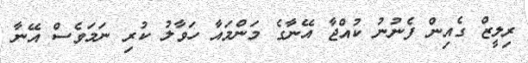
ރިލީޒް ގެއިން ފެނުނު ކުއްޖާ އޭނާގެ މަންމައާ ހަވާލު ކުރި ނަމަވެސް އޭނާ